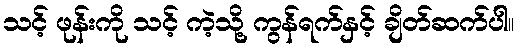
သင့် ဖုန်းကို သင့် ကဲ့သို့ ကွန်ရက်နှင့် ချိတ်ဆက်ပါ။